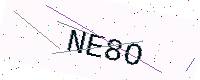
Text: NE8O